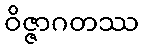
ဝိဇ္ဇာဂတဿ